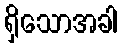
ရှိသောအခါ